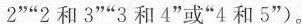
2””2和3””3和4”或”4和5”)。